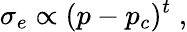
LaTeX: \sigma_{e}\propto(p-p_{c})^{t}\; ,